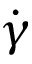
\dot { \gamma }